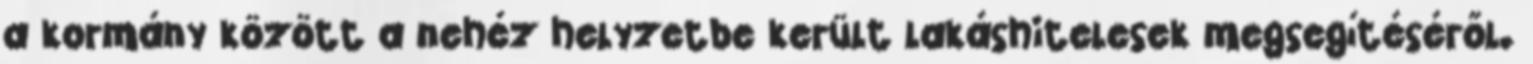
a kormány között a nehéz helyzetbe került lakáshitelesek megsegítéséről.